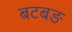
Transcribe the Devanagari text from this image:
बटबङ